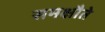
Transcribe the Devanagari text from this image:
समक्षौते